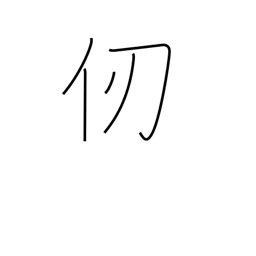
Meaning: fathom